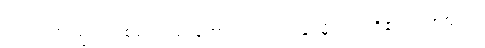
ဥတုသတံ၊ ဥတုတစ်ရာလည်းကောင်း။ ဝဿာနံ၊ မိုးဥတုတို့၏။ ဥတုသတံ၊